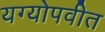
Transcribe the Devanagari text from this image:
यग्योपवीत